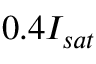
0 . 4 I _ { s a t }